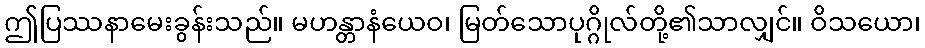
ဤပြဿနာမေးခွန်းသည်။ မဟန္တာနံယေဝ၊ မြတ်သောပုဂ္ဂိုလ်တို့၏သာလျှင်။ ဝိသယော၊